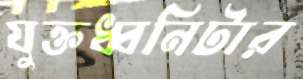
যুক্তধ্বনিটার